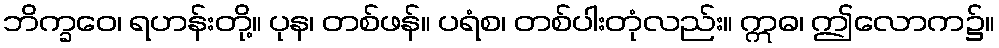
ဘိက္ခဝေ၊ ရဟန်းတို့။ ပုန၊ တစ်ဖန်။ ပရံစ၊ တစ်ပါးတုံလည်း။ ဣဓ၊ ဤလောက၌။